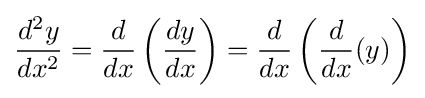
{\frac {d^{2}y}{dx^{2}}}={\frac {d}{dx}}\left({\frac {dy}{dx}}\right)={\frac {d}{dx}}\left({\frac {d}{dx}}(y)\right)